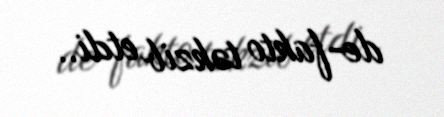
de-fakto təkzib etdi..